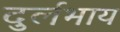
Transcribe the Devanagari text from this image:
दुर्लभाय